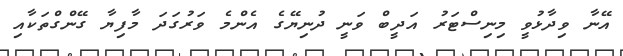
އޭނާ ވިދާޅުވީ މިނިސްޓަރު އަދީބް ވަނީ ދުނިޔޭގެ އެންމެ ވަރުގަދަ މާފިޔާ ގޭންގްތަކާއި